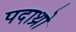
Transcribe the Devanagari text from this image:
पदाथ्रो